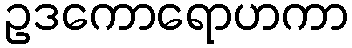
ဥဒကောရောဟကာ